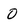
Character: O